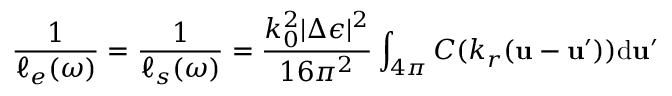
\frac { 1 } { \ell _ { e } ( \omega ) } = \frac { 1 } { \ell _ { s } ( \omega ) } = \frac { k _ { 0 } ^ { 2 } | \Delta \epsilon | ^ { 2 } } { 1 6 \pi ^ { 2 } } \int _ { 4 \pi } C ( k _ { r } ( \boldsymbol { \mathbf { u } } - \boldsymbol { \mathbf { u } } ^ { \prime } ) ) \mathrm { d } \boldsymbol { \mathbf { u } } ^ { \prime }